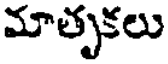
మాతృకలు